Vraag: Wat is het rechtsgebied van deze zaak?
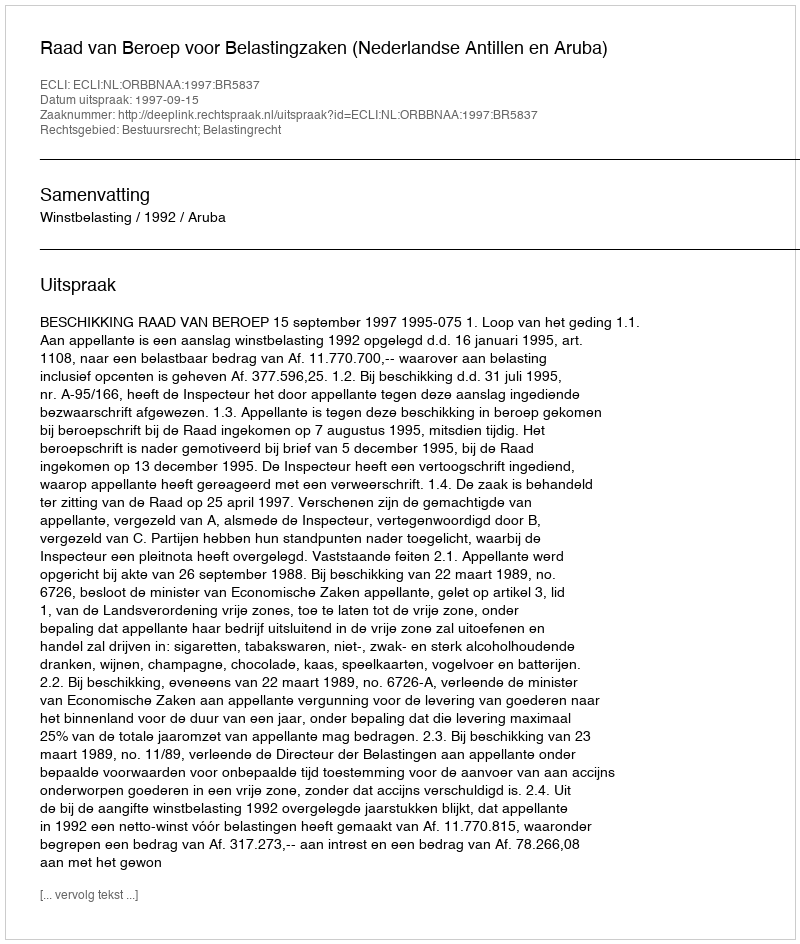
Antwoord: Bestuursrecht; Belastingrecht